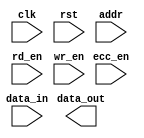
module HBM (
    input wire clk,
    input wire rst,
    input wire [31:0] addr,
    input wire [63:0] data_in,
    output wire [63:0] data_out,
    input wire rd_en,
    input wire wr_en,
    input wire ecc_en
);

// High Bandwidth Memory interface
// memory array organization
// address decoder
// data input/output ports
// read and write control signals
// error correction and detection mechanisms
// power management features

endmodule